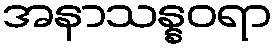
အနာသန္နဝရာ